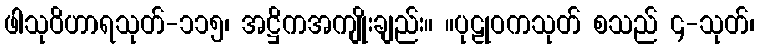
ဖါသုဝိဟာရသုတ်-၁၁၅၊ အဋ္ဌိကအကျိုးချည်း။ ။ပုဠုဝကသုတ် စသည် ၄-သုတ်၊